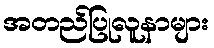
အတည်ပြုလူနာများ